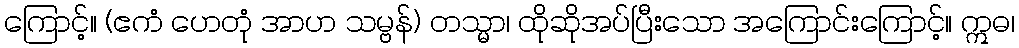
ကြောင့်။ (ဧကံ ဟေတုံ အာဟ သမ္ဗန်) တသ္မာ၊ ထိုဆိုအပ်ပြီးသော အကြောင်းကြောင့်။ ဣဓ၊